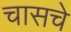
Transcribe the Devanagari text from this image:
चासचे